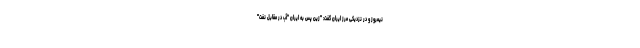
نیمروز و در نزدیکی مرز ایران گفت: "زين پس به ایران "آب در مقابل نفت"